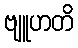
ဗျူဟတိ